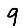
Digit: 9